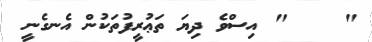
"    " އިސްވެ ދިޔަ ތަޢުރީފުތަކުން އެނގެނީ